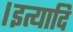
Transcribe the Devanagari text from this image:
।इत्यादि